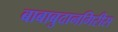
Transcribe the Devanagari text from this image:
बाबाबुदानगिरीस